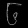
Digit: ၆